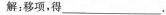
解：移项，得___.